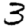
Digit: 3